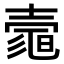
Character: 𡔻